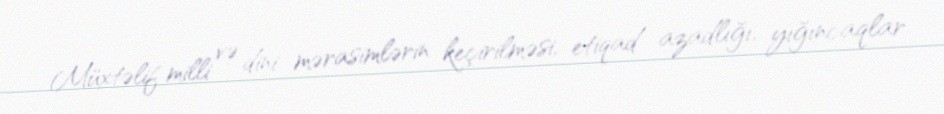
Müxtəlif milli və dini mərasimlərin keçirilməsi, etiqad azadlığı, yığıncaqlar